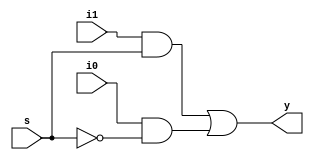
// Code for mux_2_to_1
module mux_2_to_1(
  input i0,i1,s,
  output y);
  wire a,b,c;
  not(a,s);
  and(b,i1,s);
  and(c,i0,a);
  or(y,b,c);
endmodule